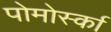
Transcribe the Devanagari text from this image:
पोमोर्स्का